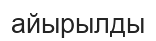
айырылды